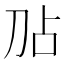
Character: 𫥸